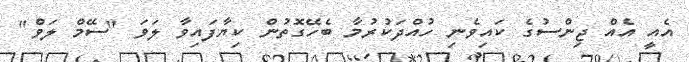
އެއީ އެއް ޖިންސުގެ ކައިވެނި ހުއްދަކުރުމާ ބެހޭގޮތުން ކިޔާފައިވާ ލަވަ "ސޭމް ލަވް"